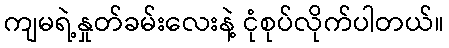
ကျမရဲ့နှုတ်ခမ်းလေးနဲ့ ငုံစုပ်လိုက်ပါတယ်။